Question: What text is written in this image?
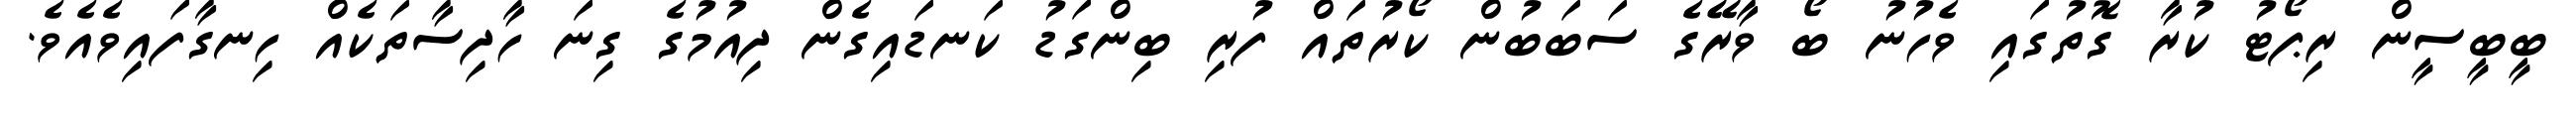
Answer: ބީބީސީން ރިޕޯޓު ކުރާ ގޮތުގައި ވެހުނު ބޯ ވާރޭގެ ސަބަބުން ކޯރުތައް ފުރި ބިންގަޑު ކަނޑައިގެން ދިއުމުގެ ގިނަ ހާދިސާތަކެއް ހިނގާފައިވެއެވެ.